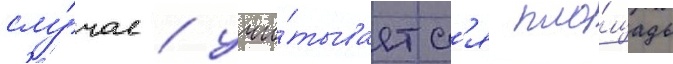
слу́чае / учи́тываетс'я пло́щадь